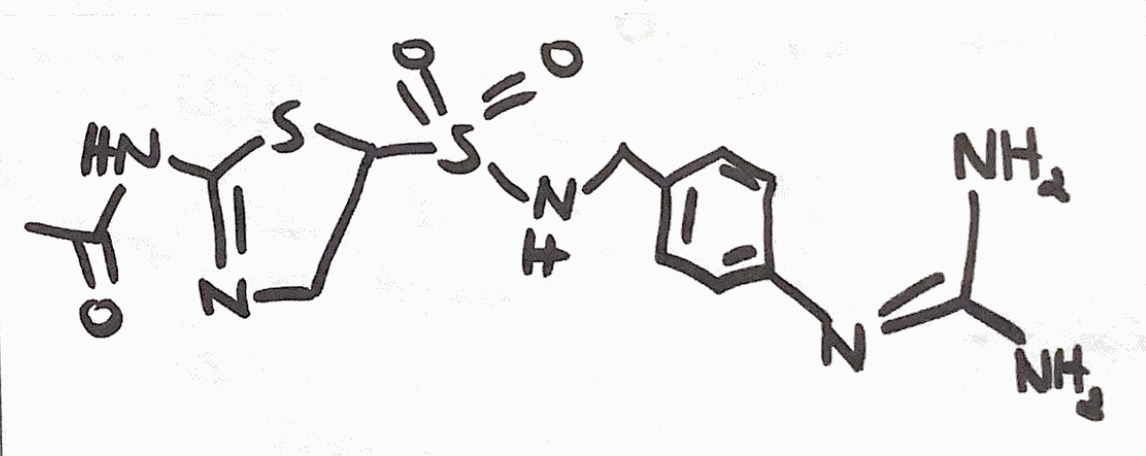
Simplified molecular-input line-entry system (SMILES) notation of the given molecule:
CC(=O)NC1=NCC(S1)S(=O)(=O)NCC2=CC=C(C=C2)N=C(N)N